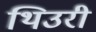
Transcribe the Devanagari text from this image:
थिउरी